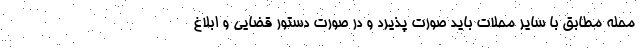
محله مطابق با سایر محلات باید صورت پذیرد و در صورت دستور قضایی و ابلاغ